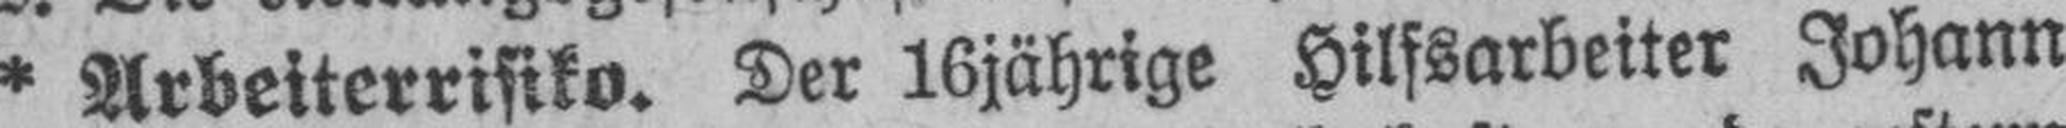
* Arbeiterrisiko. Der 16jährige Hilfsarbeiter Johann